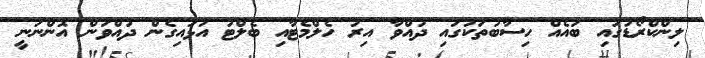
ލިންކްރޯޑުގައި ބައެއް ހިސާބުތަކުގައި ދުއްވާ އިރު ހެލްމެޓާއި ބެލްޓު އަޅައިގެން ދުއްވަން އޮންނަނީ